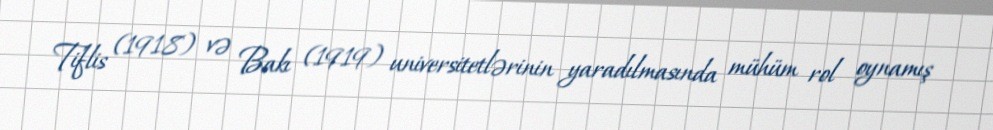
Tiflis (1918) və Bakı (1919) universitetlərinin yaradılmasında mühüm rol oynamış